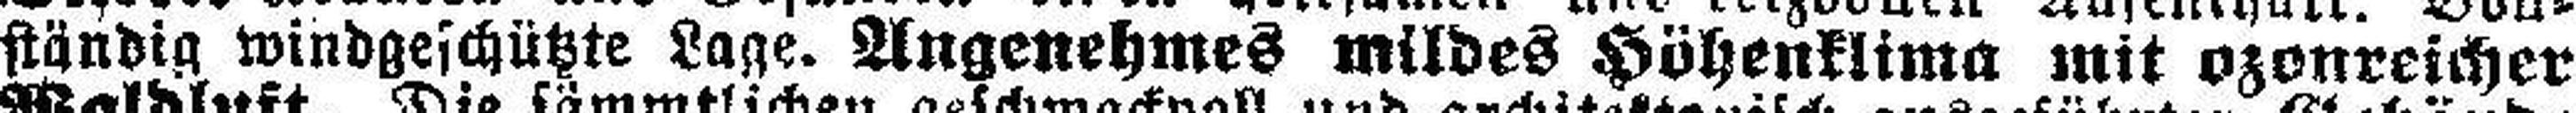
ständig windgeschützte Lage. Angenehmes mildes Höhenklima mit ozonreicher